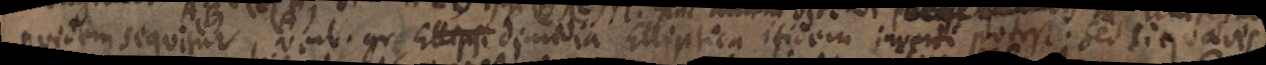
quidem sequitur _ . gr Ellipsi demedia Elliptica itidem inverti potest. sed si quaeves